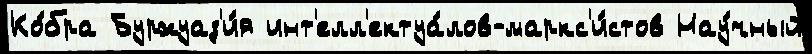
Ко́бра Буржуаз'и́я инт'елл'ектуа́лов-маркс'и́стов Нау́чный